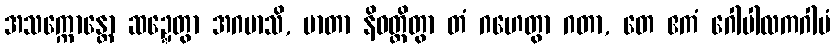
အသက္ကောန္တော ဆဍ္ဍေတွာ အဂမာသိ, မာတာ နိဝတ္တိတွာ တံ ဂဟေတွာ ဂတာ, တေ ဧကံ ဂေါပါလကဂါမံ